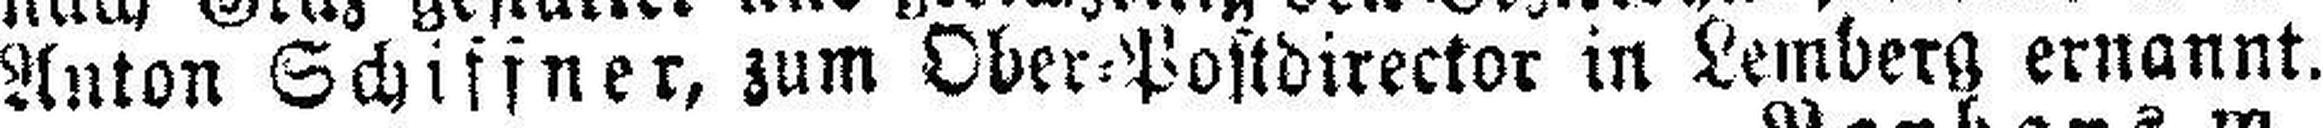
Anton Schiffner, zum Ober=Postdirector in Lemberg ernannt.